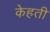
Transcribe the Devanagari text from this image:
केहती